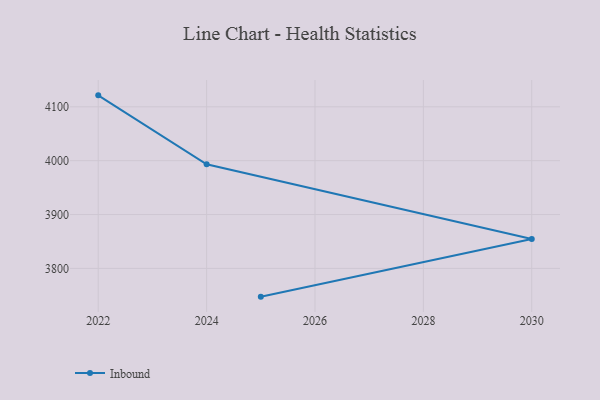
{"axis": {"x": "Year", "y": "Net Income (USD K)"}, "legend": ["Inbound"], "data": [{"x": "2025", "y": 3747.6, "type": "Inbound"}, {"x": "2030", "y": 3854.5, "type": "Inbound"}, {"x": "2024", "y": 3993.3, "type": "Inbound"}, {"x": "2022", "y": 4121.3, "type": "Inbound"}]}